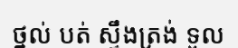
ថ្នល់ បត់ ស្ទឹងត្រង់ ទួល